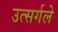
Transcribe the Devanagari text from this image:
उत्सर्गले